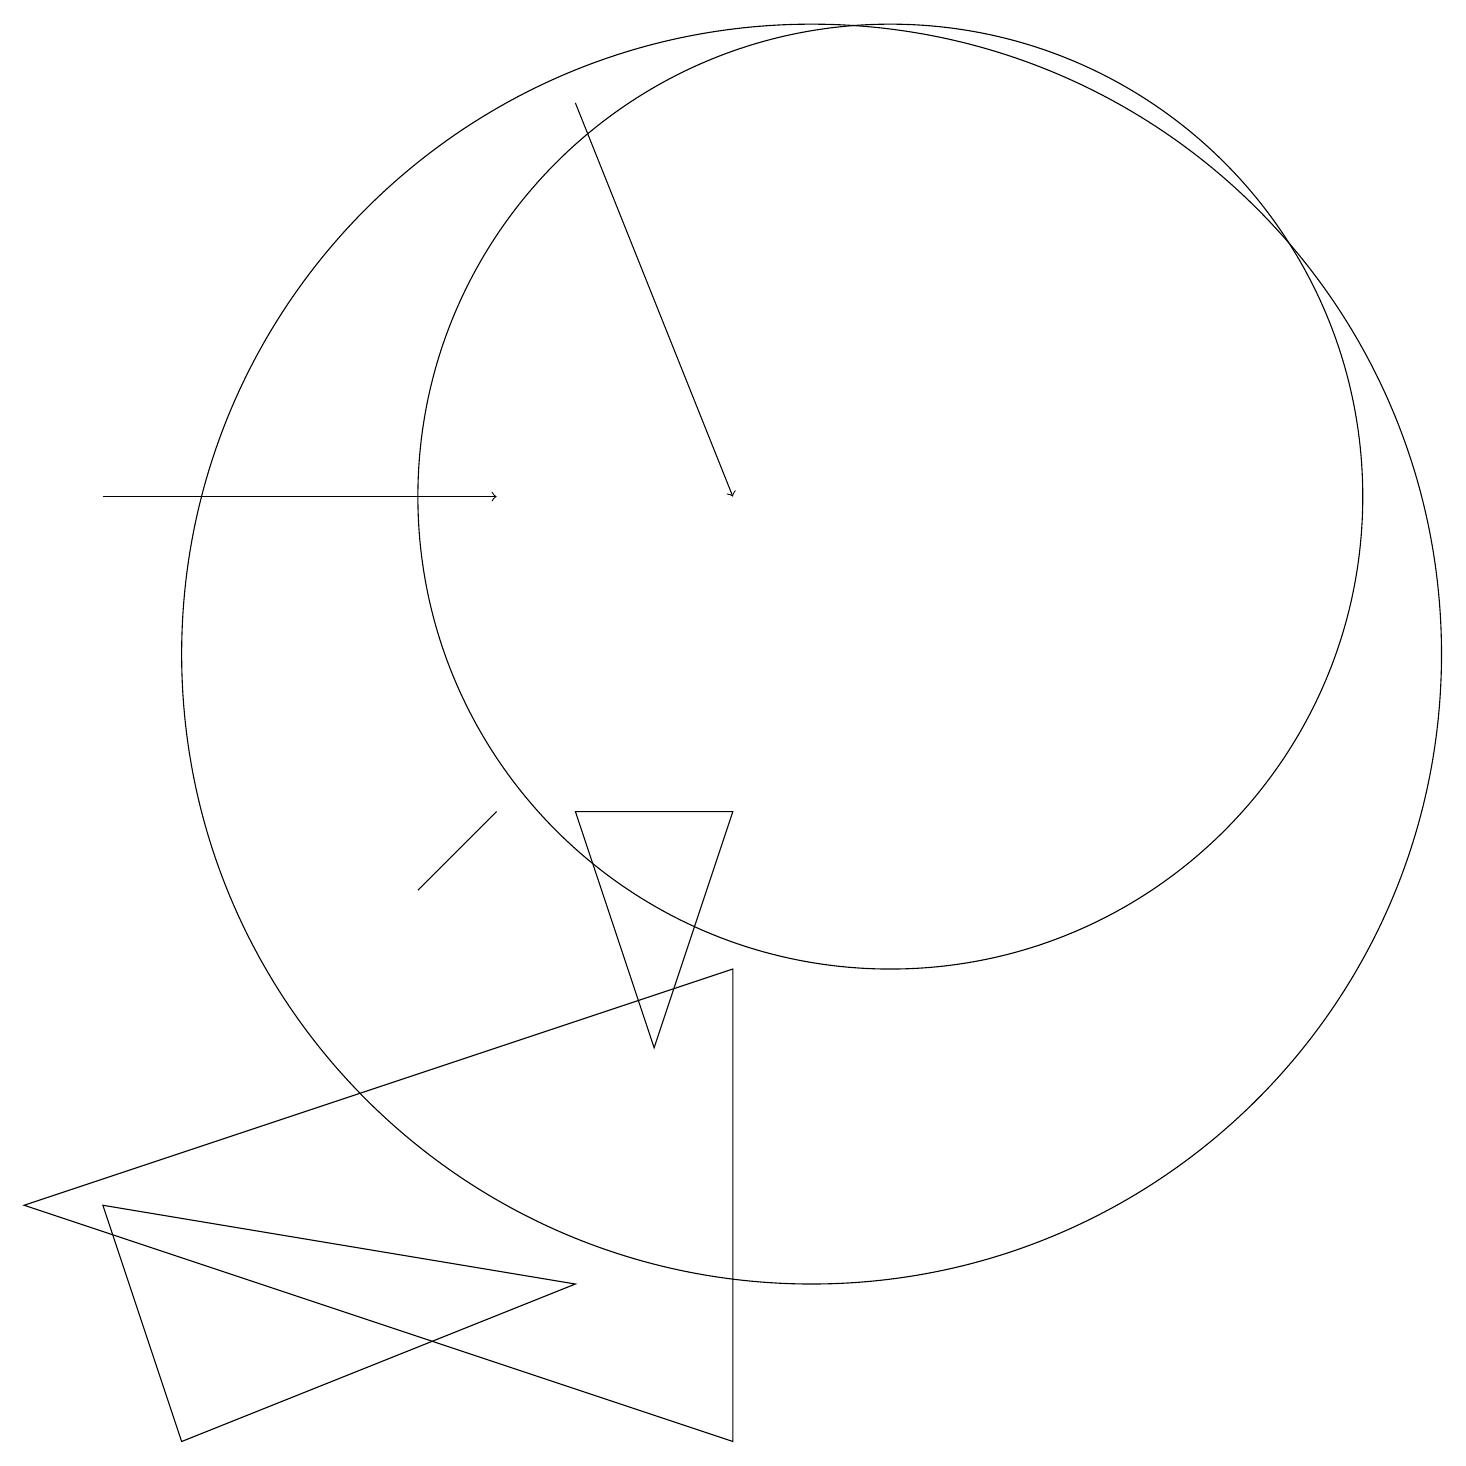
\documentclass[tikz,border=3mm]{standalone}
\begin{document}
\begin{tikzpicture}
\draw[->] (1,12) -- (6,12);
\draw (9,0) -- (0,3) -- (9,6) -- cycle;
\draw (11,12) circle (6);
\draw (2,0) -- (7,2) -- (1,3) -- cycle;
\draw[->] (7,17) -- (9,12);
\draw (9,8) -- (8,5) -- (7,8) -- cycle;
\draw (6,8) -- (5,7) -- (6,8) -- cycle;
\draw (10,10) circle (8);
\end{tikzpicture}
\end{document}